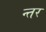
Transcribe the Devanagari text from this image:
न्तर